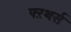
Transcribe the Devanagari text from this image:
फ्ऱथर्स